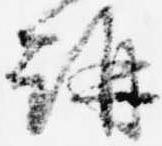
講